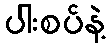
ပါးစပ်နဲ့